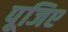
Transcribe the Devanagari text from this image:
पूजिए